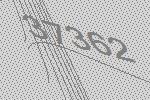
37362